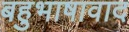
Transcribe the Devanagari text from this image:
बहुभाषावाद